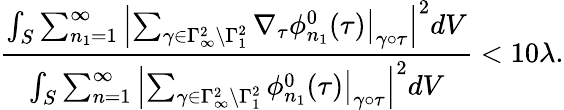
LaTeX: \frac{\int_{S}\sum_{n_{1}=1}^{\infty}\left|\sum_{\gamma\in\Gamma_{\infty}^{2}\backslash\Gamma_{1}^{2}}\nabla_{\tau}\phi_{n_{1}}^{0}(\tau)\big|_{\gamma\circ\tau}\right|^{2}dV}{\int_{S}\sum_{n=1}^{\infty}\left|\sum_{\gamma\in\Gamma_{\infty}^{2}\backslash\Gamma_{1}^{2}}\phi_{n_{1}}^{0}(\tau)\big|_{\gamma\circ\tau}\right|^{2}dV}<10\lambda.